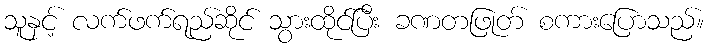
သူနှင့် လက်ဖက်ရည်ဆိုင် သွားထိုင်ပြီး ခဏတဖြုတ် စကားပြောသည်။